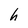
Character: h